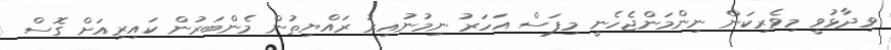
ވިދާޅުވީ މިވެރިކަން ނިންމަންޖެހެނީ މިފަސް އަހަރު ނިމުނުއިރު ރައްޔިތުން މެންބަރުން ކައިރިއަށް ގޮސް